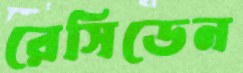
রেসিডেন